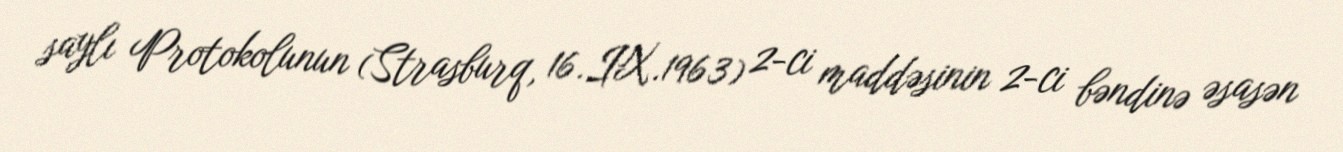
saylı Protokolunun (Strasburq, 16.IX.1963) 2-ci maddəsinin 2-ci bəndinə əsasən